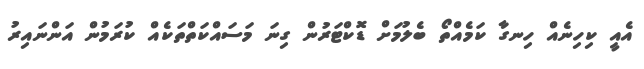
އެއީ ކިހިނެއް ހިނގާ ކަމެއްތޯ ބެލުމަށް ޑޮކްޓަރުން ގިނަ މަސައްކަތްތަކެއް ކުރަމުން އަންނައިރު